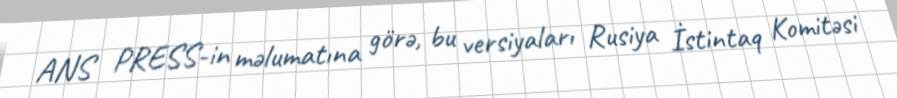
ANS PRESS-in məlumatına görə, bu versiyaları Rusiya İstintaq Komitəsi